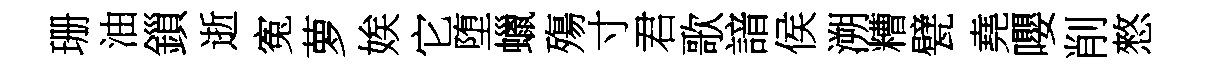
珊油鎻逝寃萝娭它堕蠟殤寸君歌諳侯溯糟甓堯嚶削憗